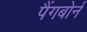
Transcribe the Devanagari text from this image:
पैंगबोर्न